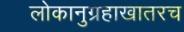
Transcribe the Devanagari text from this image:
लोकानुग्रहाखातरच